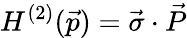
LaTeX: H^{(2)}(\vec{p})=\vec{\sigma}\cdot\vec{P}